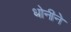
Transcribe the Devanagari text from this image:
धोनीने